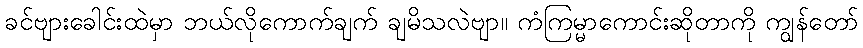
ခင်ဗျားခေါင်းထဲမှာ ဘယ်လိုကောက်ချက် ချမိသလဲဗျာ။ ကံကြမ္မာကောင်းဆိုတာကို ကျွန်တော်